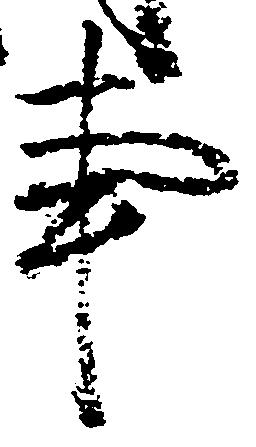
事